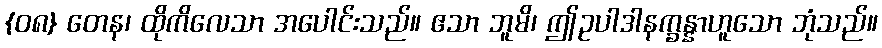
{၀၈} တေန၊ ထိုကိလေသာ အပေါင်းသည်။ ဧသာ ဘူမိ၊ ဤဥပါဒါနက္ခန္နာဟူသော ဘုံသည်။